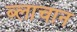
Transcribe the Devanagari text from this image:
ब्लाचान